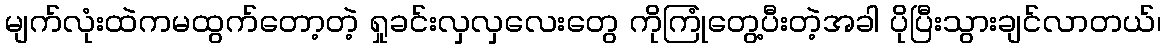
မျက်လုံးထဲကမထွက်တော့တဲ့ ရှုခင်းလှလှလေးတွေ ကိုကြုံတွေ့ပီးတဲ့အခါ ပိုပြီးသွားချင်လာတယ်၊